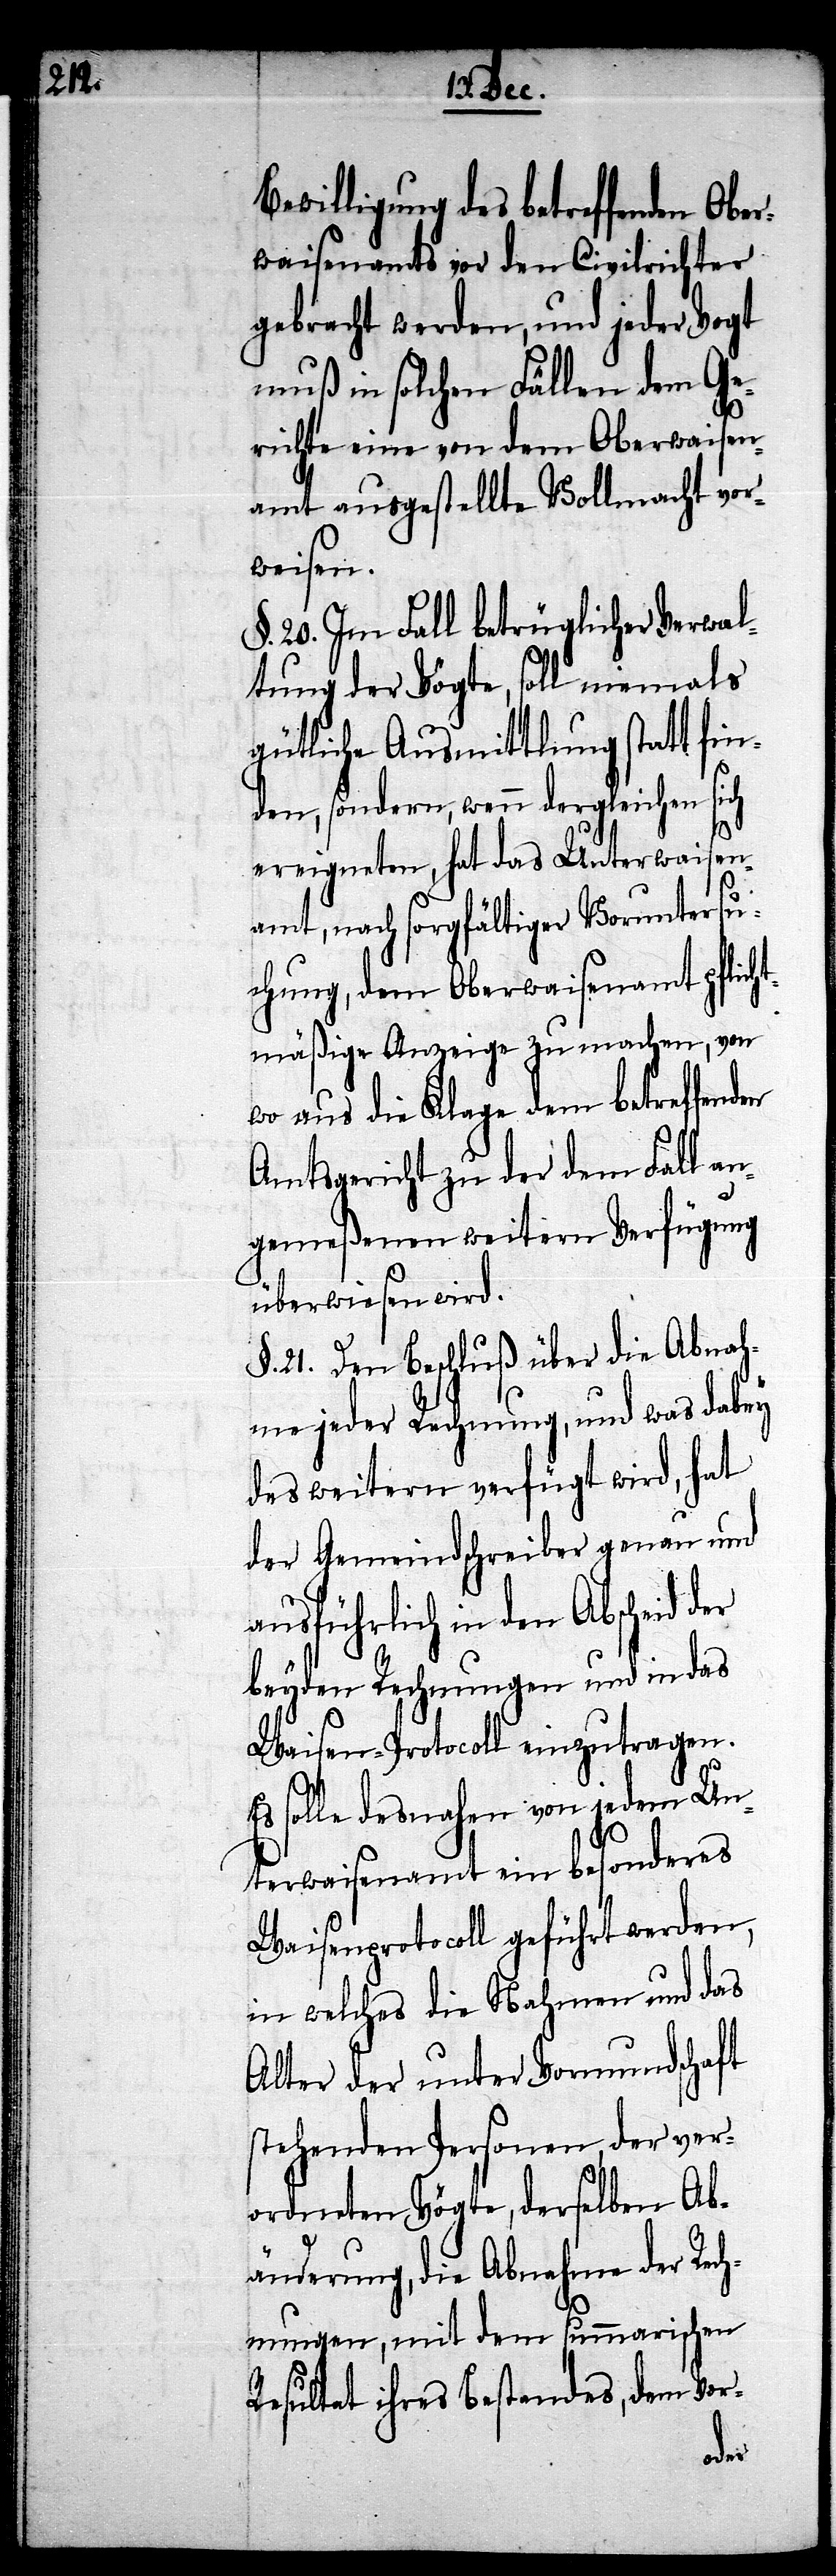
Bewilligung des betreffenden Obe¬
rwaisenamts vor den Civilrichter
gebracht werden, und jeder Vogt
muß in solchen Fällen dem Ge¬
richte eine von dem Oberwaisen¬
amt ausgestellte Vollmacht vor¬
weisen.
§. 20. Im Fall betrüglicher Verwal¬
tung der Vögte, soll niemals
gütliche Ausmittlung statt fin¬
den, sondern, wenn dergleichen sich
ereigneten, hat das Unterwaisen¬
amt, nach sorgfältiger Voruntersu¬
chung, dem Oberwaisenamt pflich¬
tmäßige Anzeige zu machen, von
wo aus die Klage dem betreffenden
Amtsgericht zu der dem Fall an¬
gemeßenen weitern Verfügung
überwiesen wird.
§. 21. Den Beschluß über die Abnah¬
me jeder Rechnung, und was dabey
des weitern verfügt wird, hat
der Gemeindschreiber genau und
ausführlich in den Abscheid
beyden Rechnungen und in das
Waisen-Protocoll einzutragen.
solle desnahen von jedem Un¬
terwaisenamt ein besonderes
Waisenprotocoll geführt werden,
in welches die Nahmen und das
Alter der unter Vormundschaft
stehenden Personen der ver¬
ordneten Vögte, derselben Ab¬
änderung, die Abnahme der Rech¬
nungen, mit dem summarischen
Resultat ihre Bestandes, dem Vor-
der